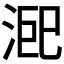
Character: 𭰨